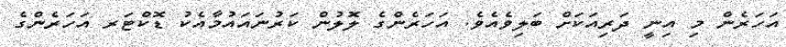
އަހަރެން މި އިނީ ދަރިއަކަށް ބަލިވެއެވެ. އަހަރެންގެ ލޮލުން ކަރުނައައުމާއެކު ޑޮކްޓަރ އަހަރެންގެ